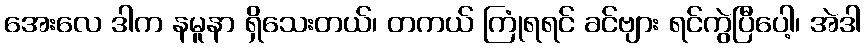
အေးလေ ဒါက နမူနာ ရှိသေးတယ်၊ တကယ် ကြုံရရင် ခင်ဗျား ရင်ကွဲပြီပေါ့၊ အဲဒါ